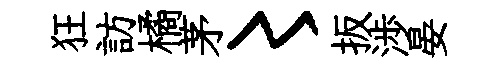
狂訪橘茅〻扳渉晏